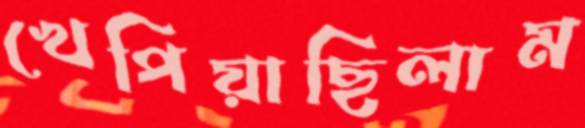
খেপিয়াছিলাম